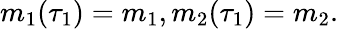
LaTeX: m_{1}(\tau_{1})=m_{1},m_{2}(\tau_{1})=m_{2}.